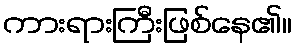
ကားရားကြီးဖြစ်နေ၏။